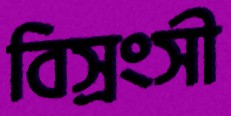
বিস্রংসী